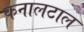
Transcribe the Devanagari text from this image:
कनालटाल